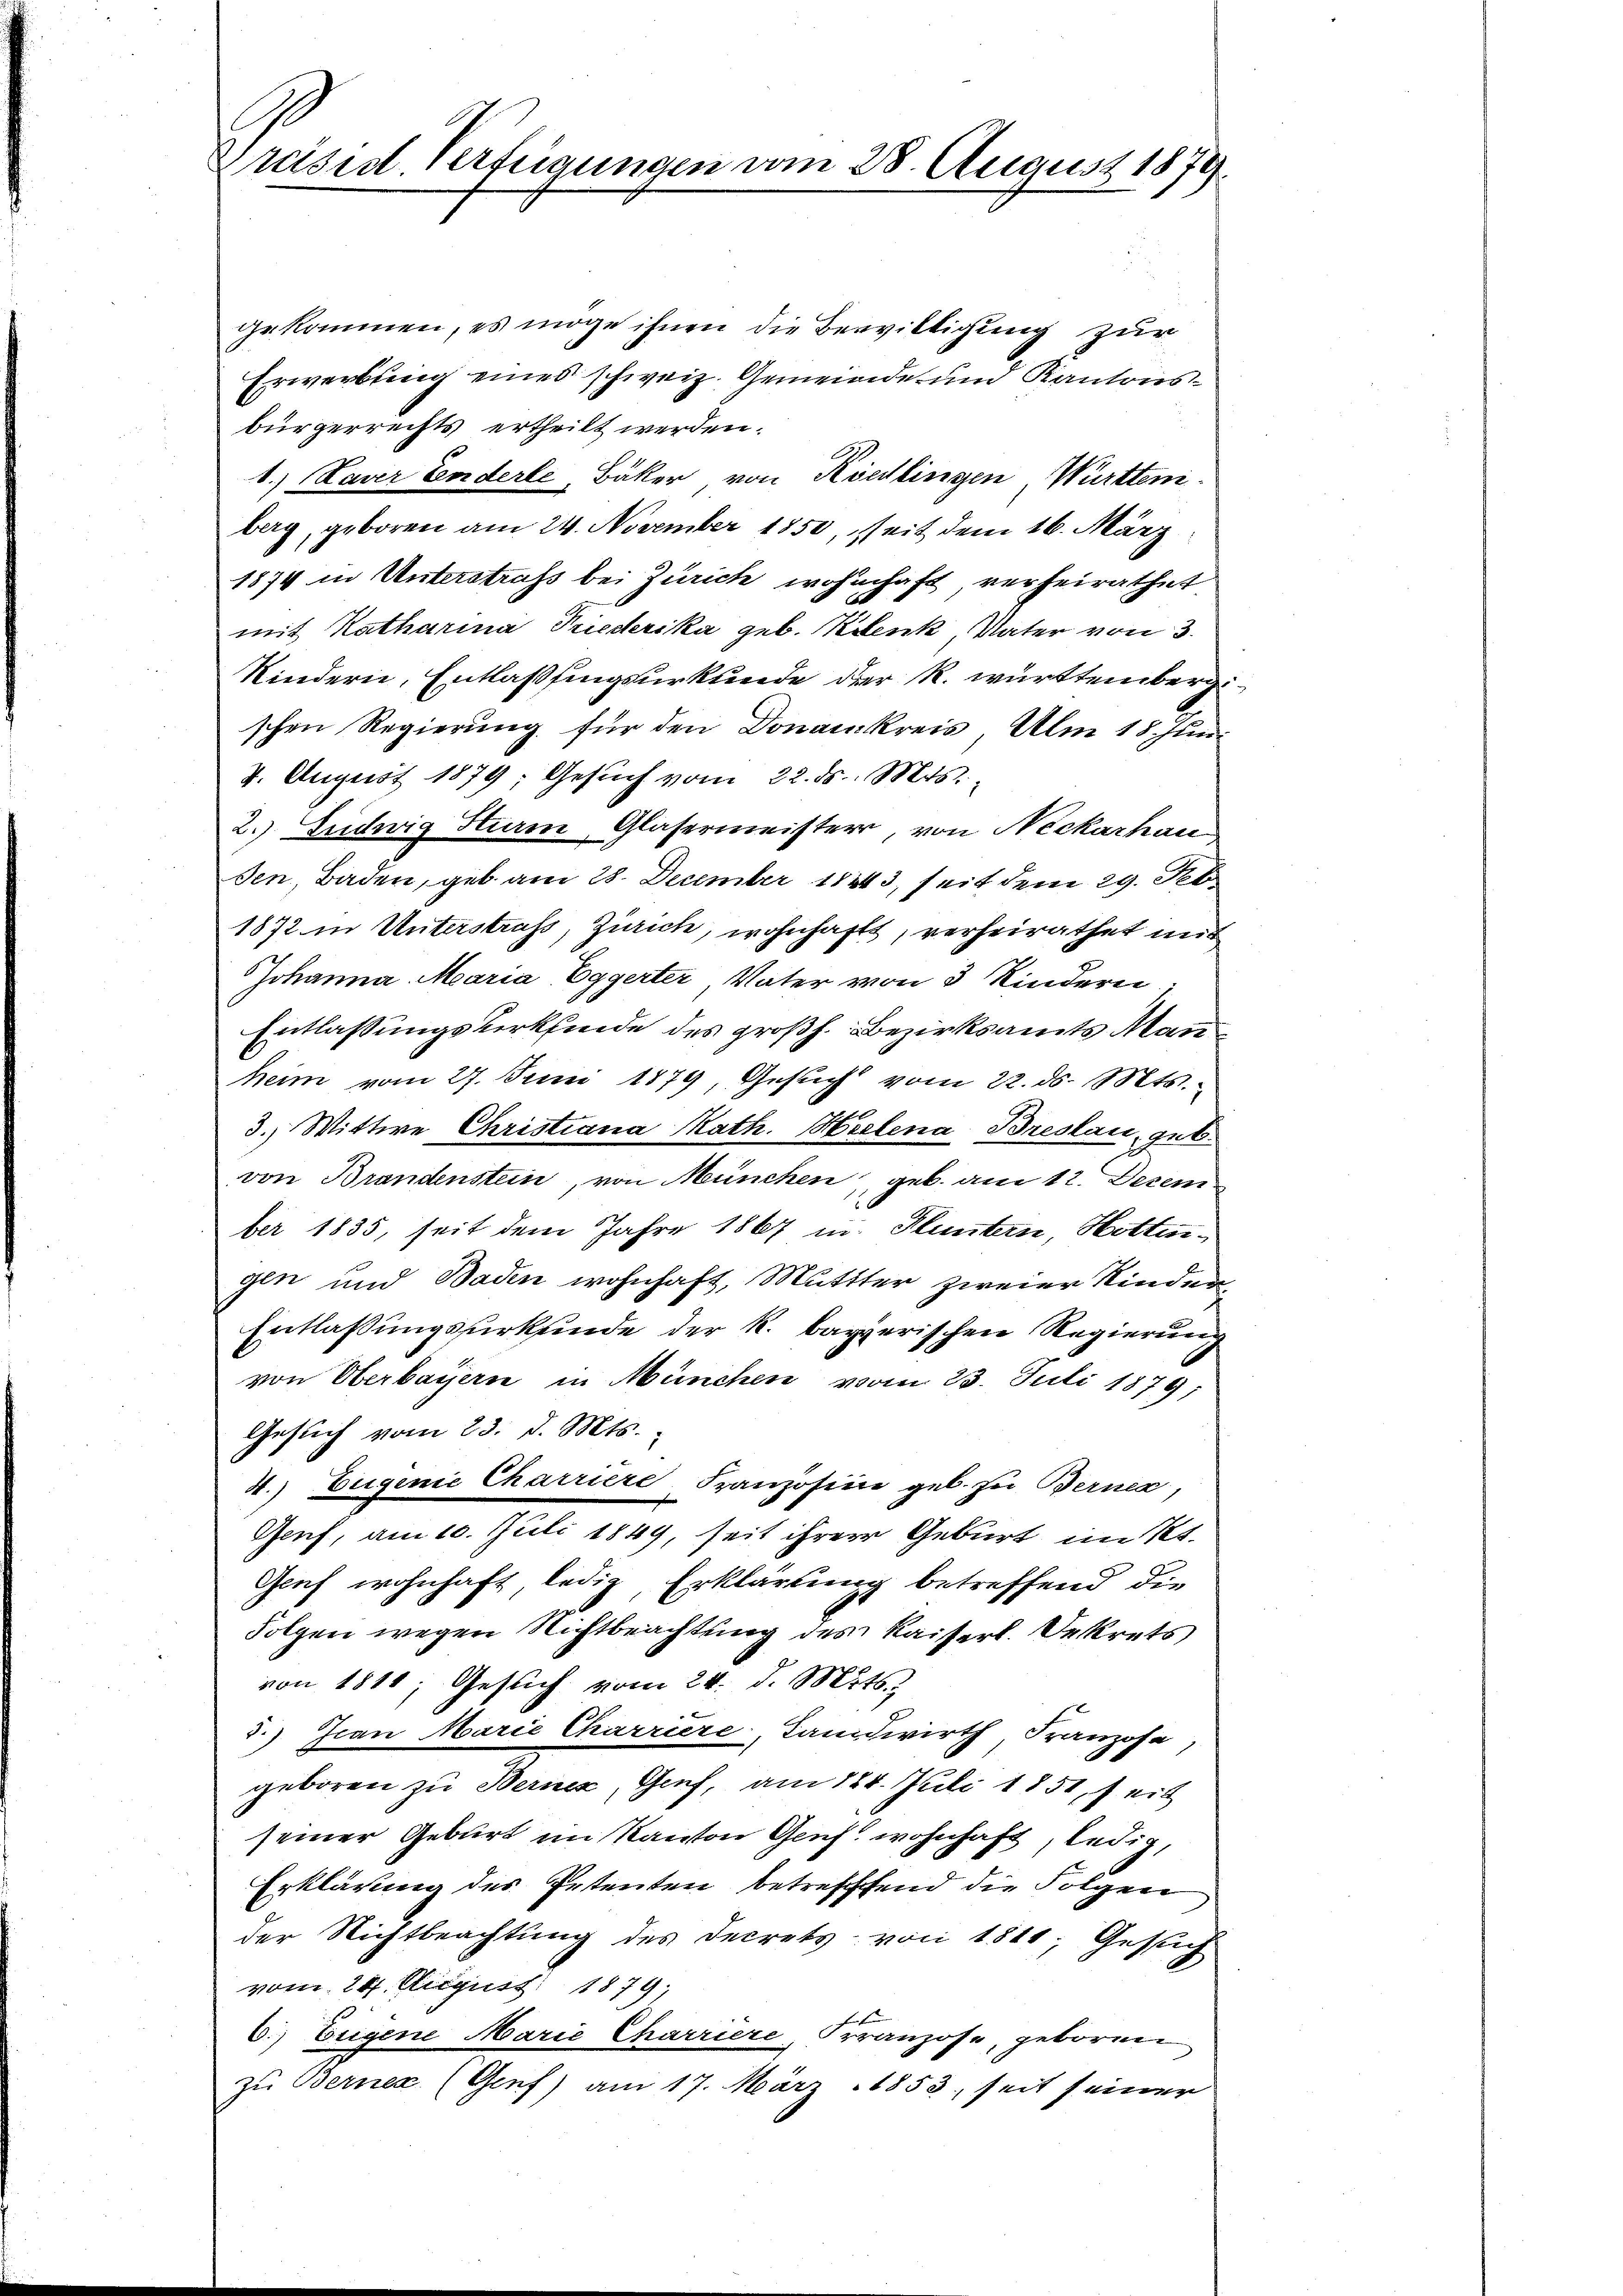
gekommen, es möge ihnen die Bewilligung zur
Erwerbung eines schweiz. Gemeinde- und Kantonsbürgerrechts ertheilt werden.
1.) Daver Enderle, Bäker von Riedlingen Württen
berg, geboren am 24. November 1850, seit dem 16. März
1874 in Unterstrafs bei Zürich wohnhaft verheirathet
mit Katharina Triederika geb. Klenk, Vater von 3.
Kindern, Entlassungsurkunde der R. württemberg.
schen Regierung für den Donaukreis Ulm 18. Jun.
4. August 1879; Gesuch vom 22. ds. Mts.
2. Ludwig Stim, Glasermeister, von Neckarhau
sen, Baden, geb. am 28. December 18243, seit dem 29. Febr
1872 in Unterstraf, Zürich, wohnhaft, verheirathet mit
Johanna Maria Eggerter Vater von 3 Kindern
Entlassungsverkfinde des großh. Bezirksamts Man
heim vom 27. Juni 1879, Gesuch vom 22. ds. Mts.
3.) Wittwe Christiana Math. Hielena Breslau, geb.
von Brandenstein, von München, geb. am 12. Dezem
ber 1835, seit dem Jahre 1867 in Fluntern, Hottingen und Baden wohnhaft, Muttter zweier Kinder¬
Entlassungsurkunde der k. bayerischen Regierung
von Oberbayern in München vom 23. Juli 1879;
Gesŭch vom 23. d. Mts.
4.) Eugenie Charriere Franzosine geb. zu Berner,
Genf, am 10. Juli 1849, seit ihrere Geburt im Kt.
Genf wohnhaft ledig, Erklärung betreffend die
Folgen wegen Nichtbeachtung des Kaiserl. Dekrets
von 1811; Gesuch vom 24. d. Mts.
5.) Ican Marie Charriere Landwirth, Franzose
geboren zu Bernez, Graf, am 124. Juli 1851, seit
seiner Geburt im Kanton Genf wohnhaft, ledig,
Erklärung des Petenten betreffend die Folgen
der Nichtbeachtung des Secrets von 1511; Gesuch
vom 24. August 1879;
E
6.) Eugene Marie Charriere, Franzose, geboren
zu Berner (Genf) am 17. März 1853, seit seiner

Präsid. Verfügungen vom 28. August 1871

.